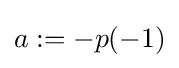
a:=-p(-1)